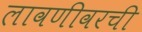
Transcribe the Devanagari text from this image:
लावणीवरची